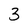
Character: 3